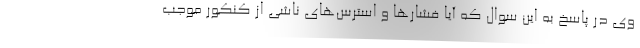
وی در پاسخ به این سوال که آیا فشار‌ها و استرس‌های ناشی از کنکور موجب